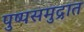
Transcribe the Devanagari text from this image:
पुष्पसमुद्रात